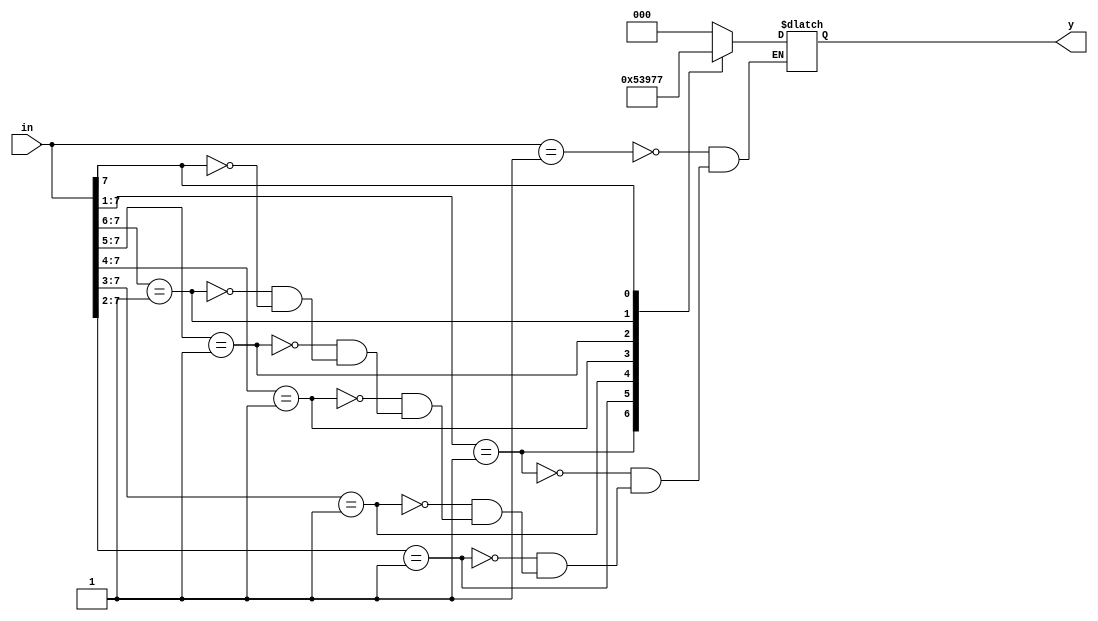
`timescale 1ns / 1ps

module priority_encoder_8to3(
    input [7:0] in,
    output reg [2:0] y
);

  always @(in) begin
    casex(in)
      8'b0000_0001 : y = 3'b000;
      8'b0000_001x : y = 3'b001;
      8'b0000_01xx : y = 3'b010;
      8'b0000_1xxx : y = 3'b011;
      8'b0001_xxxx : y = 3'b100;
      8'b001x_xxxx : y = 3'b101;
      8'b01xx_xxxx : y = 3'b110;
      8'b1xxx_xxxx : y = 3'b111;
      default : $display("Invalid data received");
    endcase
  end
endmodule